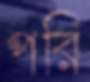
পরি